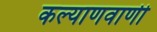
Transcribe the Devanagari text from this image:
कल्याणवाणी